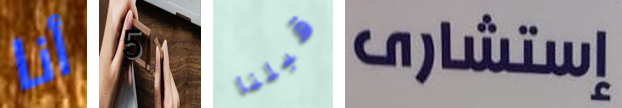
أنا 5 قبلنا إستشارى